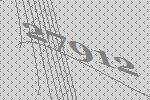
27912